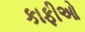
કાફીઓ